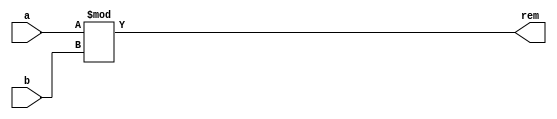
`timescale 1ns / 1ps
//////////////////////////////////////////////////////////////////////////////////
// Module Name: MOD
// Group: amarnathajay_ankurlimaye
//////////////////////////////////////////////////////////////////////////////////


module MOD( a, b, rem );

    parameter DATAWIDTH = 2;
    input [DATAWIDTH-1:0] a, b;
    output reg [DATAWIDTH-1:0] rem;
    
    always @ ( a, b ) begin
        rem <= a % b;
    end

endmodule